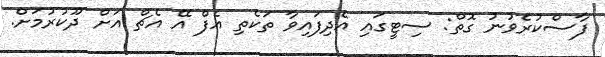
ފާސްކުރެވުނު ގޮތް: ސިޓީގައި އެދިފައިވާ ތަކެތި އެފް އޭ އެޗް އަށް ދޫކުރުމަށް.